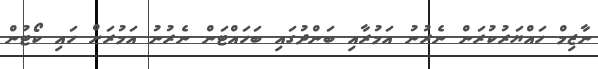
ނާޒިމް ހައްޔަރުކުރަން ނެރުނު އަމުރާއި ބަންދުގައި ބަހައްޓަން ނެރުނު އަމުރަށް ހައި ކޯޓުން